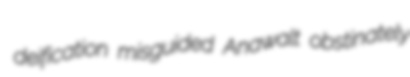
deification misguided Anawalt obstinately